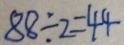
8 8 \div 2 = 4 4